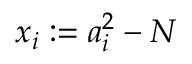
x _ { i } : = a _ { i } ^ { 2 } - N